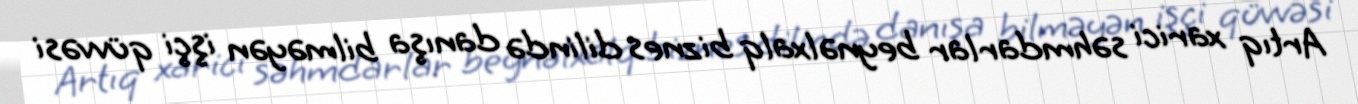
Artıq xarici səhmdarlar beynəlxalq biznes dilində danışa bilməyən işçi qüvvəsi